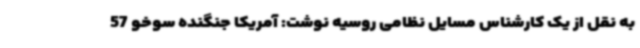
به نقل از یک کارشناس مسایل نظامی روسیه نوشت: آمریکا جنگنده سوخو 57